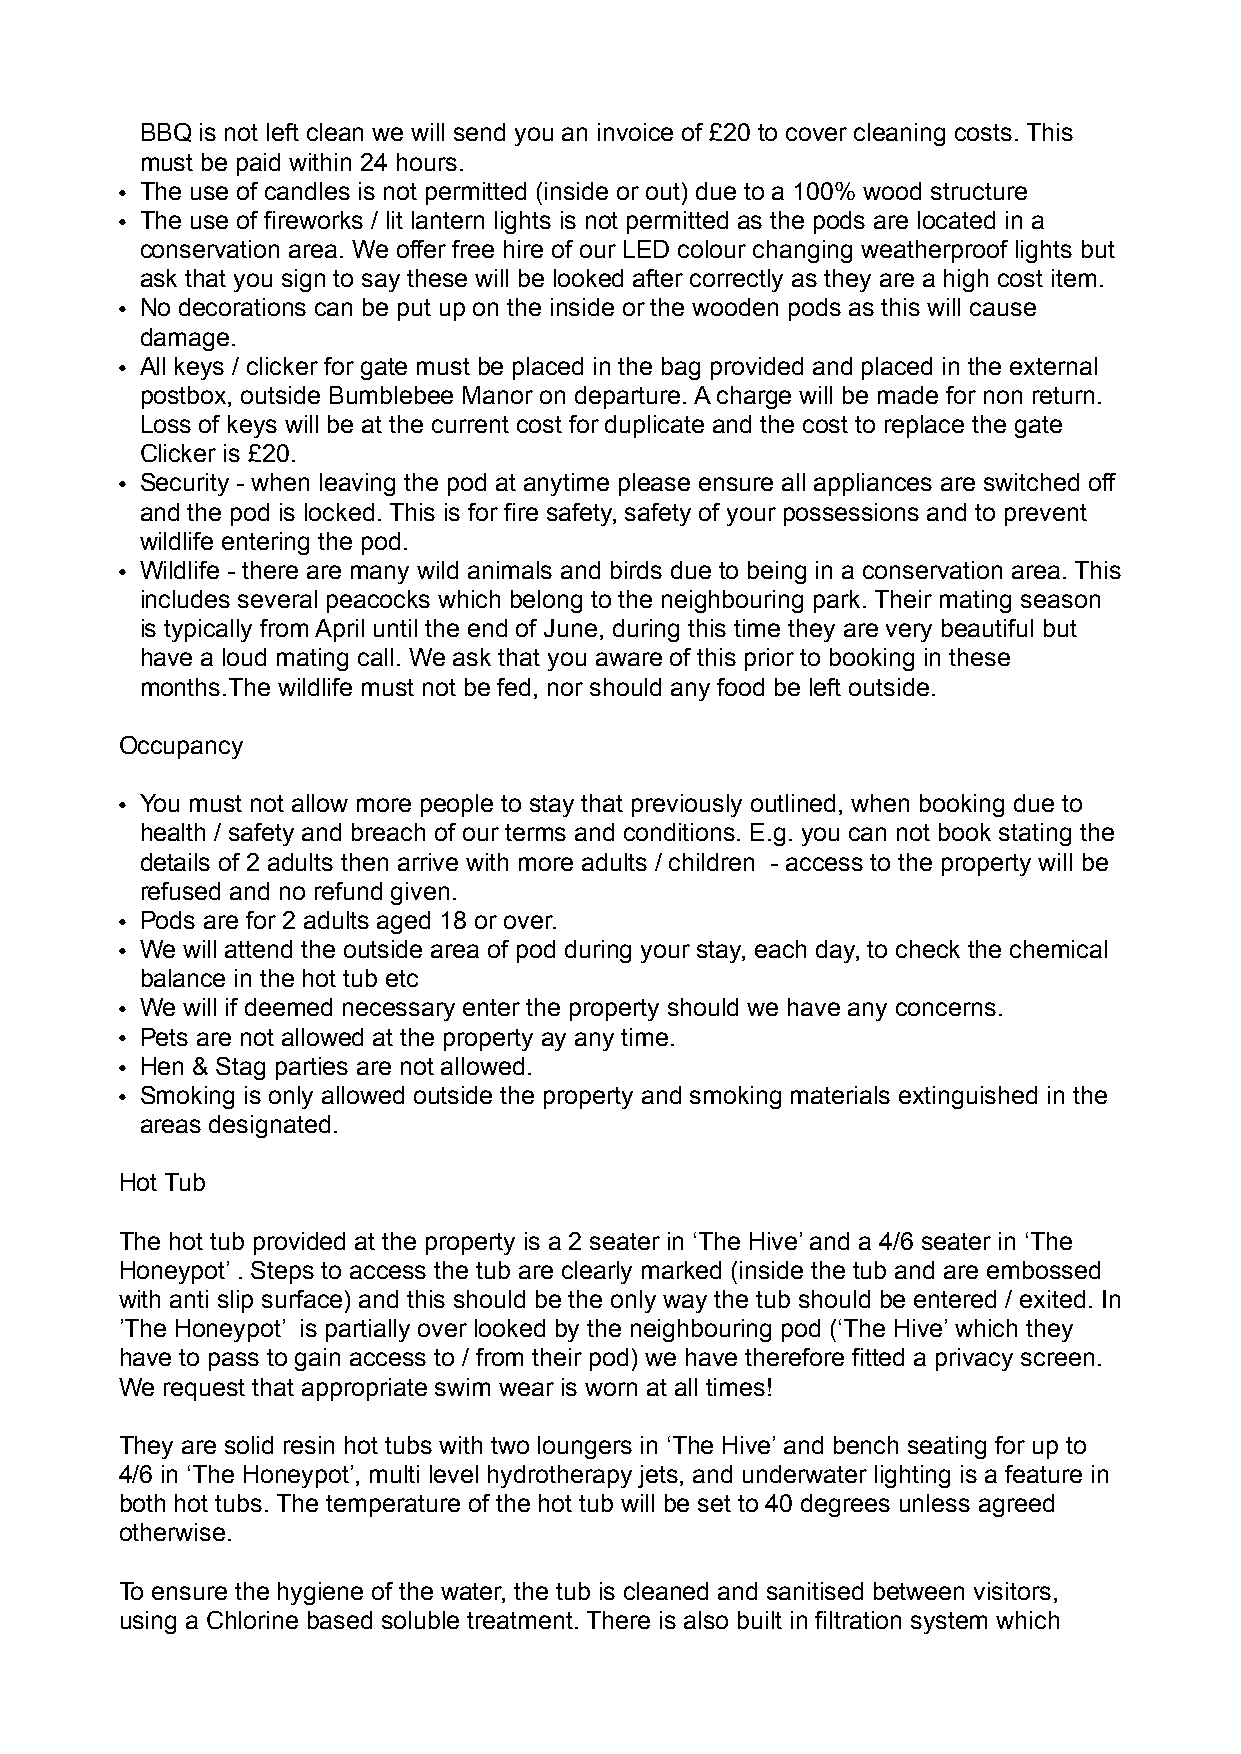
BBQ is not left clean we will send you an invoice of £20 to cover cleaning costs. This
 must be paid within 24 hours.
 • The use of candles is not permitted (inside or out) due to a 100% wood structure
 • The use of fireworks / lit lantern lights is not permitted as the pods are located in a
 conservation area. We offer free hire of our LED colour changing weatherproof lights but
 ask that you sign to say these will be looked after correctly as they are a high cost item.
 • No decorations can be put up on the inside or the wooden pods as this will cause
 damage.
 • All keys / clicker for gate must be placed in the bag provided and placed in the external
 postbox, outside Bumblebee Manor on departure. A charge will be made for non return.
 Loss of keys will be at the current cost for duplicate and the cost to replace the gate
 Clicker is £20.
 • Security - when leaving the pod at anytime please ensure all appliances are switched off
 and the pod is locked. This is for fire safety, safety of your possessions and to prevent
 wildlife entering the pod.
 • Wildlife - there are many wild animals and birds due to being in a conservation area. This
 includes several peacocks which belong to the neighbouring park. Their mating season
 is typically from April until the end of June, during this time they are very beautiful but
 have a loud mating call. We ask that you aware of this prior to booking in these
 months.The wildlife must not be fed, nor should any food be left outside.
 Occupancy
 • You must not allow more people to stay that previously outlined, when booking due to
 health / safety and breach of our terms and conditions. E.g. you can not book stating the
 details of 2 adults then arrive with more adults / children - access to the property will be
 refused and no refund given.
 • Pods are for 2 adults aged 18 or over.
 • We will attend the outside area of pod during your stay, each day, to check the chemical
 balance in the hot tub etc
 • We will if deemed necessary enter the property should we have any concerns.
 • Pets are not allowed at the property ay any time.
 • Hen & Stag parties are not allowed.
 • Smoking is only allowed outside the property and smoking materials extinguished in the
 areas designated.
 Hot Tub
 The hot tub provided at the property is a 2 seater in ‘The Hive’ and a 4/6 seater in ‘The
 Honeypot’ . Steps to access the tub are clearly marked (inside the tub and are embossed
 with anti slip surface) and this should be the only way the tub should be entered / exited. In
 ’The Honeypot’ is partially over looked by the neighbouring pod (‘The Hive’ which they
 have to pass to gain access to / from their pod) we have therefore fitted a privacy screen.
 We request that appropriate swim wear is worn at all times!
 They are solid resin hot tubs with two loungers in ‘The Hive’ and bench seating for up to
 4/6 in ‘The Honeypot’, multi level hydrotherapy jets, and underwater lighting is a feature in
 both hot tubs. The temperature of the hot tub will be set to 40 degrees unless agreed
 otherwise.
 To ensure the hygiene of the water, the tub is cleaned and sanitised between visitors,
 using a Chlorine based soluble treatment. There is also built in filtration system which